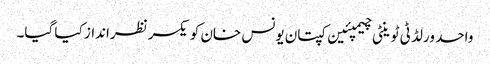
واحد ورلڈ ٹی ٹوینٹی چیمپئین کپتان یونس خان کو یکسر نظرانداز کیا گیا۔